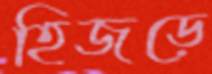
হিজড়ে